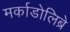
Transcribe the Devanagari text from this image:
मर्काडोलिब्रे